Notes on vaccination in the North-West Frontier Province 1923-1928 - 1923-1928
Year: 1923
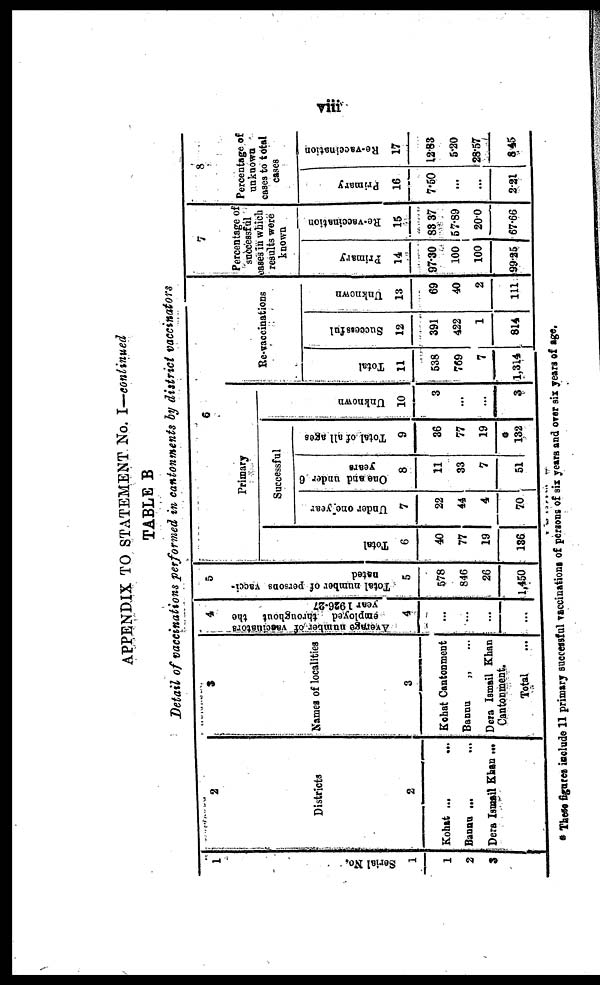
viii
APPENDIX TO STATEMENT No. I—continued
TABLE B
Detail of vaccinations performed in cantonments by district vaccinators
1
Serial No.
1
1
2
3
2
Districts
2
Kohat ...
...
Bannu ...
Dera Ismail Khan
3
Names of localities
3
Kohat Cantonment
Bannu
„ ...
Dera Ismail Khan
Cantonment
Total
...
4
Average number of vaccinators
employed throughout
the
year 1926-27
4
...
...
...
...
5
Total number of persons vacci-
nated
5
578
846
26
1,450
6
Primary
Total
6
40
77
19
136
Successful
Under one year
7
22
44
4
70
One and under 6
years
8
11
33
7
51
Total of all ages
9
36
77
19
132
Unknown
10
3
...
...
3
Re-vaccinations
Total
11
538
769
7
1,314
Successful
12
391
422
1
814
Unknown
13
69
40
2
111
7
Percentage of
successful
cases in which
results were
known
Primary
14
97.30
100
100
99.25
Re-vaccination
15
83.37
57.89
20.0
67.66
8
Percentage of
unknown
cases to total
cases
Primary
16
7.50
...
...
2.21
Re-vaccination
17
12.83
5.20
28.57
8.45
* These figures include 11 primary successful vaccinations of persons of six years and over six years of age.